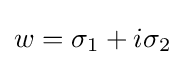
w=\sigma _{1}+i\sigma _{2}